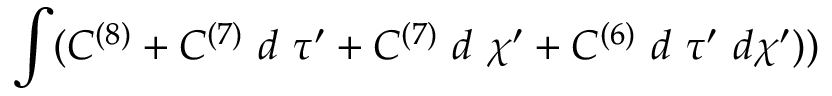
\int ( C ^ { ( 8 ) } + C ^ { ( 7 ) } ~ d ~ \tau ^ { \prime } + C ^ { ( 7 ) } ~ d ~ \chi ^ { \prime } + C ^ { ( 6 ) } ~ d ~ \tau ^ { \prime } ~ d \chi ^ { \prime } ) )